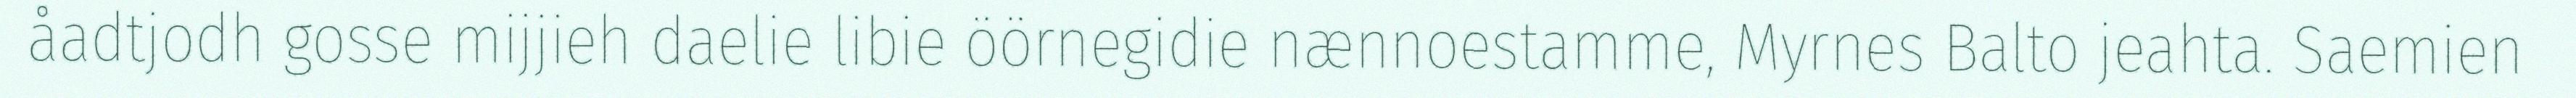
åadtjodh gosse mijjieh daelie libie öörnegidie nænnoestamme, Myrnes Balto jeahta. Saemien